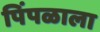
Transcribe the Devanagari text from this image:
पिंपळाला